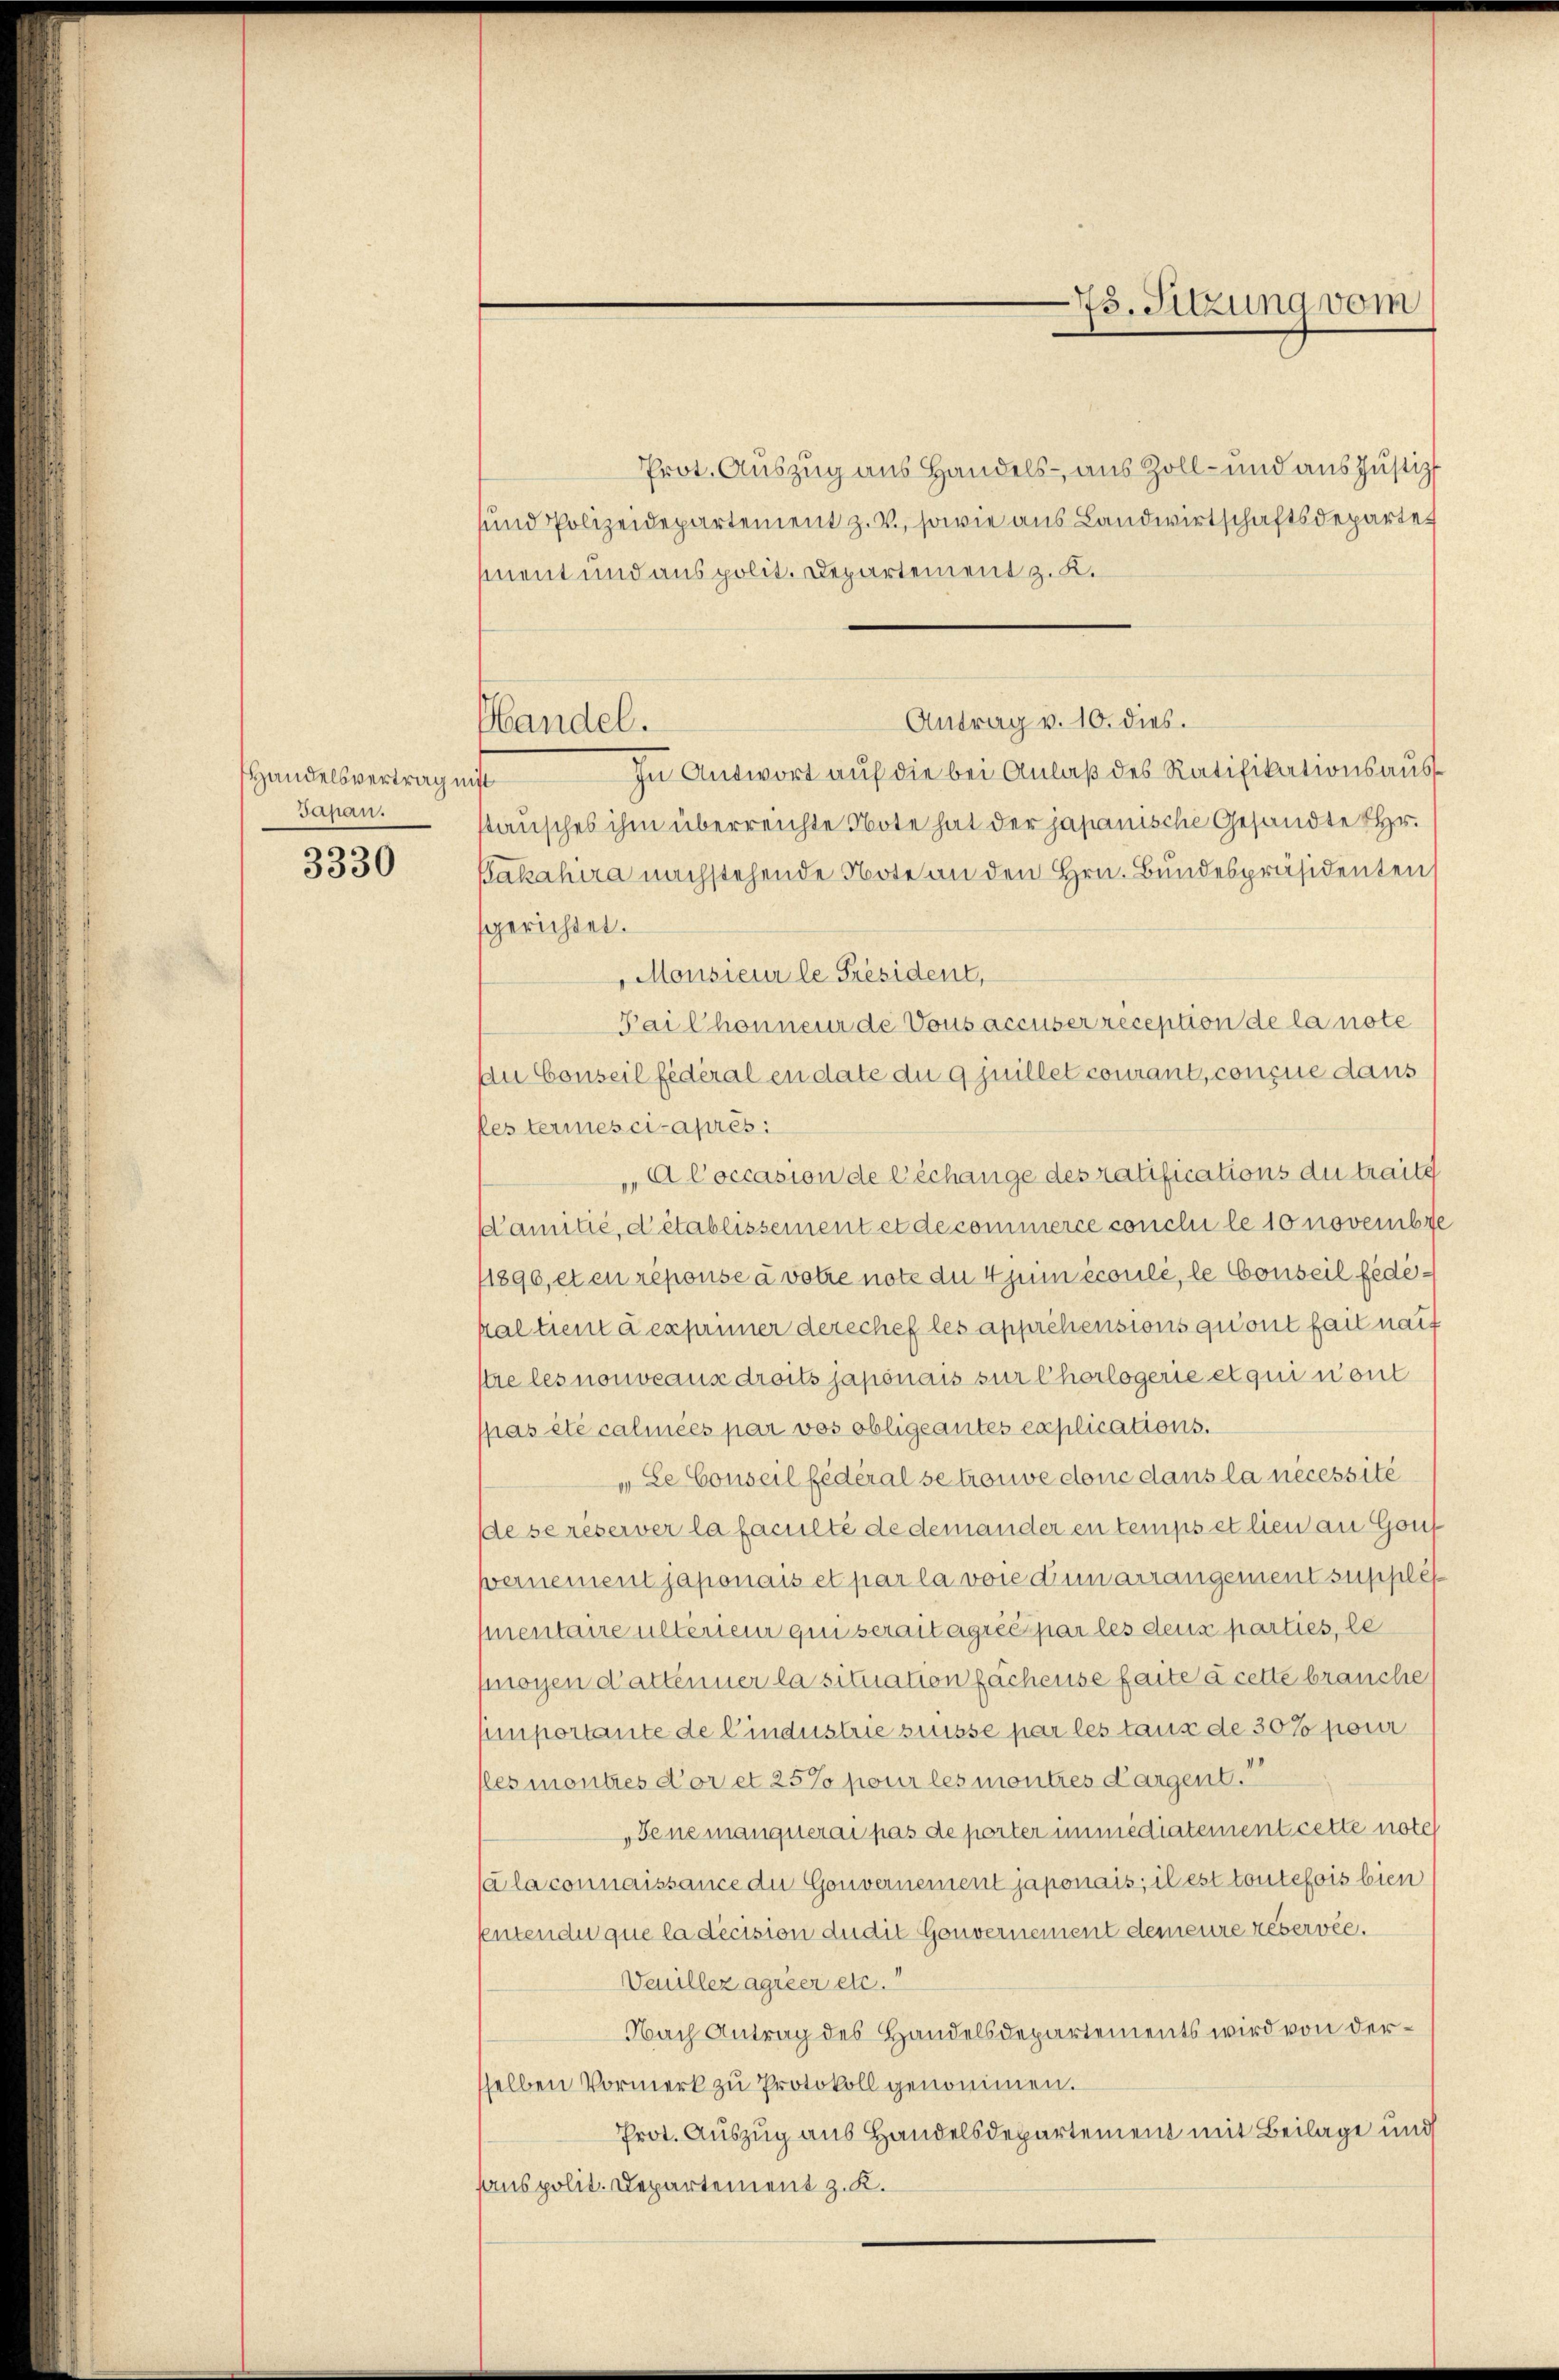
Handelsvertrag in
Japan.

3330

Handel.

Prot. Auszug aus Handels- aus Zoll- und aus Justiz
sund Polizeidepartement z. V., sowie aus Landwirtschaftsdeparten
ment und aus polit. Departement z. K.
Antrag v. 10. dies.
Zu Antwort auf die bei Anlaß des Ratifikationsaust
tausches ihm überreichte Note hat der japanische Gesandte Hr.
Bakahira nachstehende Note an den Hrn. Bundespräsidenten
gerichtet.
Monsieur le Président,
Pai Chonneur de Vous accuser reception de la note
an Conseil fédéral en date du 9 juillet courant, consue dans
les termes ci-après:
A Coccasion de l’échange des ratifications du traite
Camilie, d’établissement et de commerce concli le 10 novembe
11890, et en repouse à votire note du Vjum écoulé, le Conseil fedekal tient à exprimer derechef les apprehensions qui ont fait nach
stre les nouveaux droits japonais zur Chorlogerie et qui nont
spas été calmées par vos obligeantes explications.
Le Conseil fédéral se trouve done dans la nécessité
de se reserver la faculté de demander en temps et lien an Gouf
vernement japonais et par la vore diun arrangement supples
mentaire ultérieur qui serait agréé par les deus parties, le
fmoyen d’attenner la situation fächense faite à cette brauche
Emportante de l’industrie prisse par les taux de 30% pour
les montres Vor et 25% pour les montres Cargent.
„Jene manquerai pas de porter immediatement cette note
(à la connaissance du Gouvernement japonais; il est toutefois bien
sentende que la décision dudit Gouvernement demeure réservée.
Venillez agreer etc.
Nach Antrag des Handelsdepartements wird von derselben Vormerk zu Protokoll genommen.
Prot. Auszug aus Handelsdepartement mit Beilage und
sanspolit. Departement z. K.

73. Sitzung vom